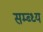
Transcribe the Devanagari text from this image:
सम्ब्ध्य